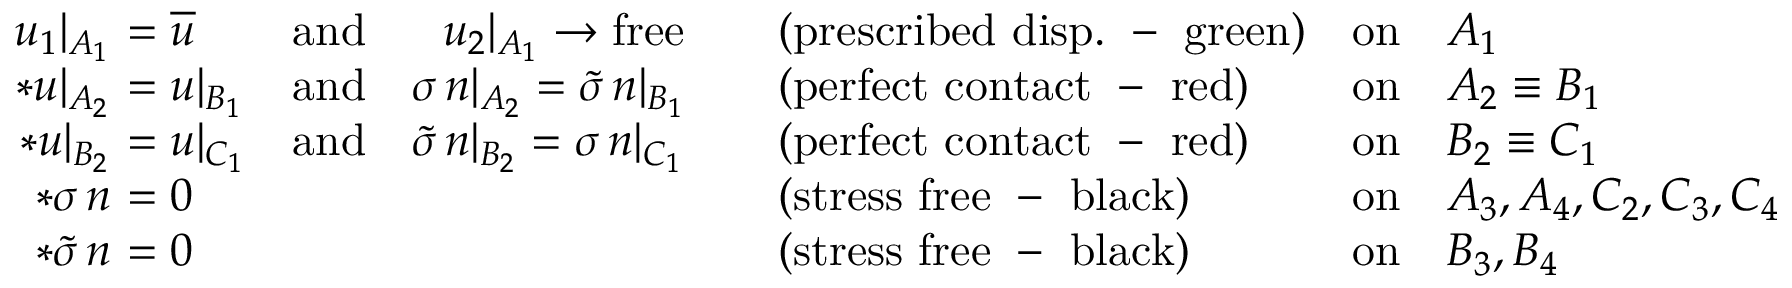
\begin{array} { r } { \begin{array} { r l l l l l } { u _ { 1 } \vert _ { A _ { 1 } } } & { \! \! \! \! = \overline { { u } } } & { \mathrm { a n d } \quad \, \, \, \, u _ { 2 } \vert _ { A _ { 1 } } \to \mathrm { f r e e } } & { \quad ( \mathrm { p r e s c r i b e d ~ d i s p . ~ - ~ g r e e n } ) } & { \mathrm { o n } } & { A _ { 1 } } \\ { * u \vert _ { A _ { 2 } } } & { \! \! \! \! = u \vert _ { B _ { 1 } } } & { \mathrm { a n d } \quad \sigma \, n \vert _ { A _ { 2 } } = \widetilde { \sigma } \, n \vert _ { B _ { 1 } } } & { \quad ( \mathrm { p e r f e c t ~ c o n t a c t ~ - ~ r e d } ) } & { \mathrm { o n } } & { A _ { 2 } \equiv B _ { 1 } } \\ { * u \vert _ { B _ { 2 } } } & { \! \! \! \! = u \vert _ { C _ { 1 } } } & { \mathrm { a n d } \quad \widetilde { \sigma } \, n \vert _ { B _ { 2 } } = \sigma \, n \vert _ { C _ { 1 } } } & { \quad ( \mathrm { p e r f e c t ~ c o n t a c t ~ - ~ r e d } ) } & { \mathrm { o n } } & { B _ { 2 } \equiv C _ { 1 } } \\ { * \sigma \, n } & { \! \! \! \! = 0 } & & { \quad \mathrm { ( s t r e s s ~ f r e e ~ - ~ b l a c k ) } } & { \mathrm { o n } } & { A _ { 3 } , A _ { 4 } , C _ { 2 } , C _ { 3 } , C _ { 4 } } \\ { * \widetilde { \sigma } \, n } & { \! \! \! \! = 0 } & & { \quad \mathrm { ( s t r e s s ~ f r e e ~ - ~ b l a c k ) } } & { \mathrm { o n } } & { B _ { 3 } , B _ { 4 } } \end{array} } \end{array}